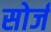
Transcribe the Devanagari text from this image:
सोर्ज